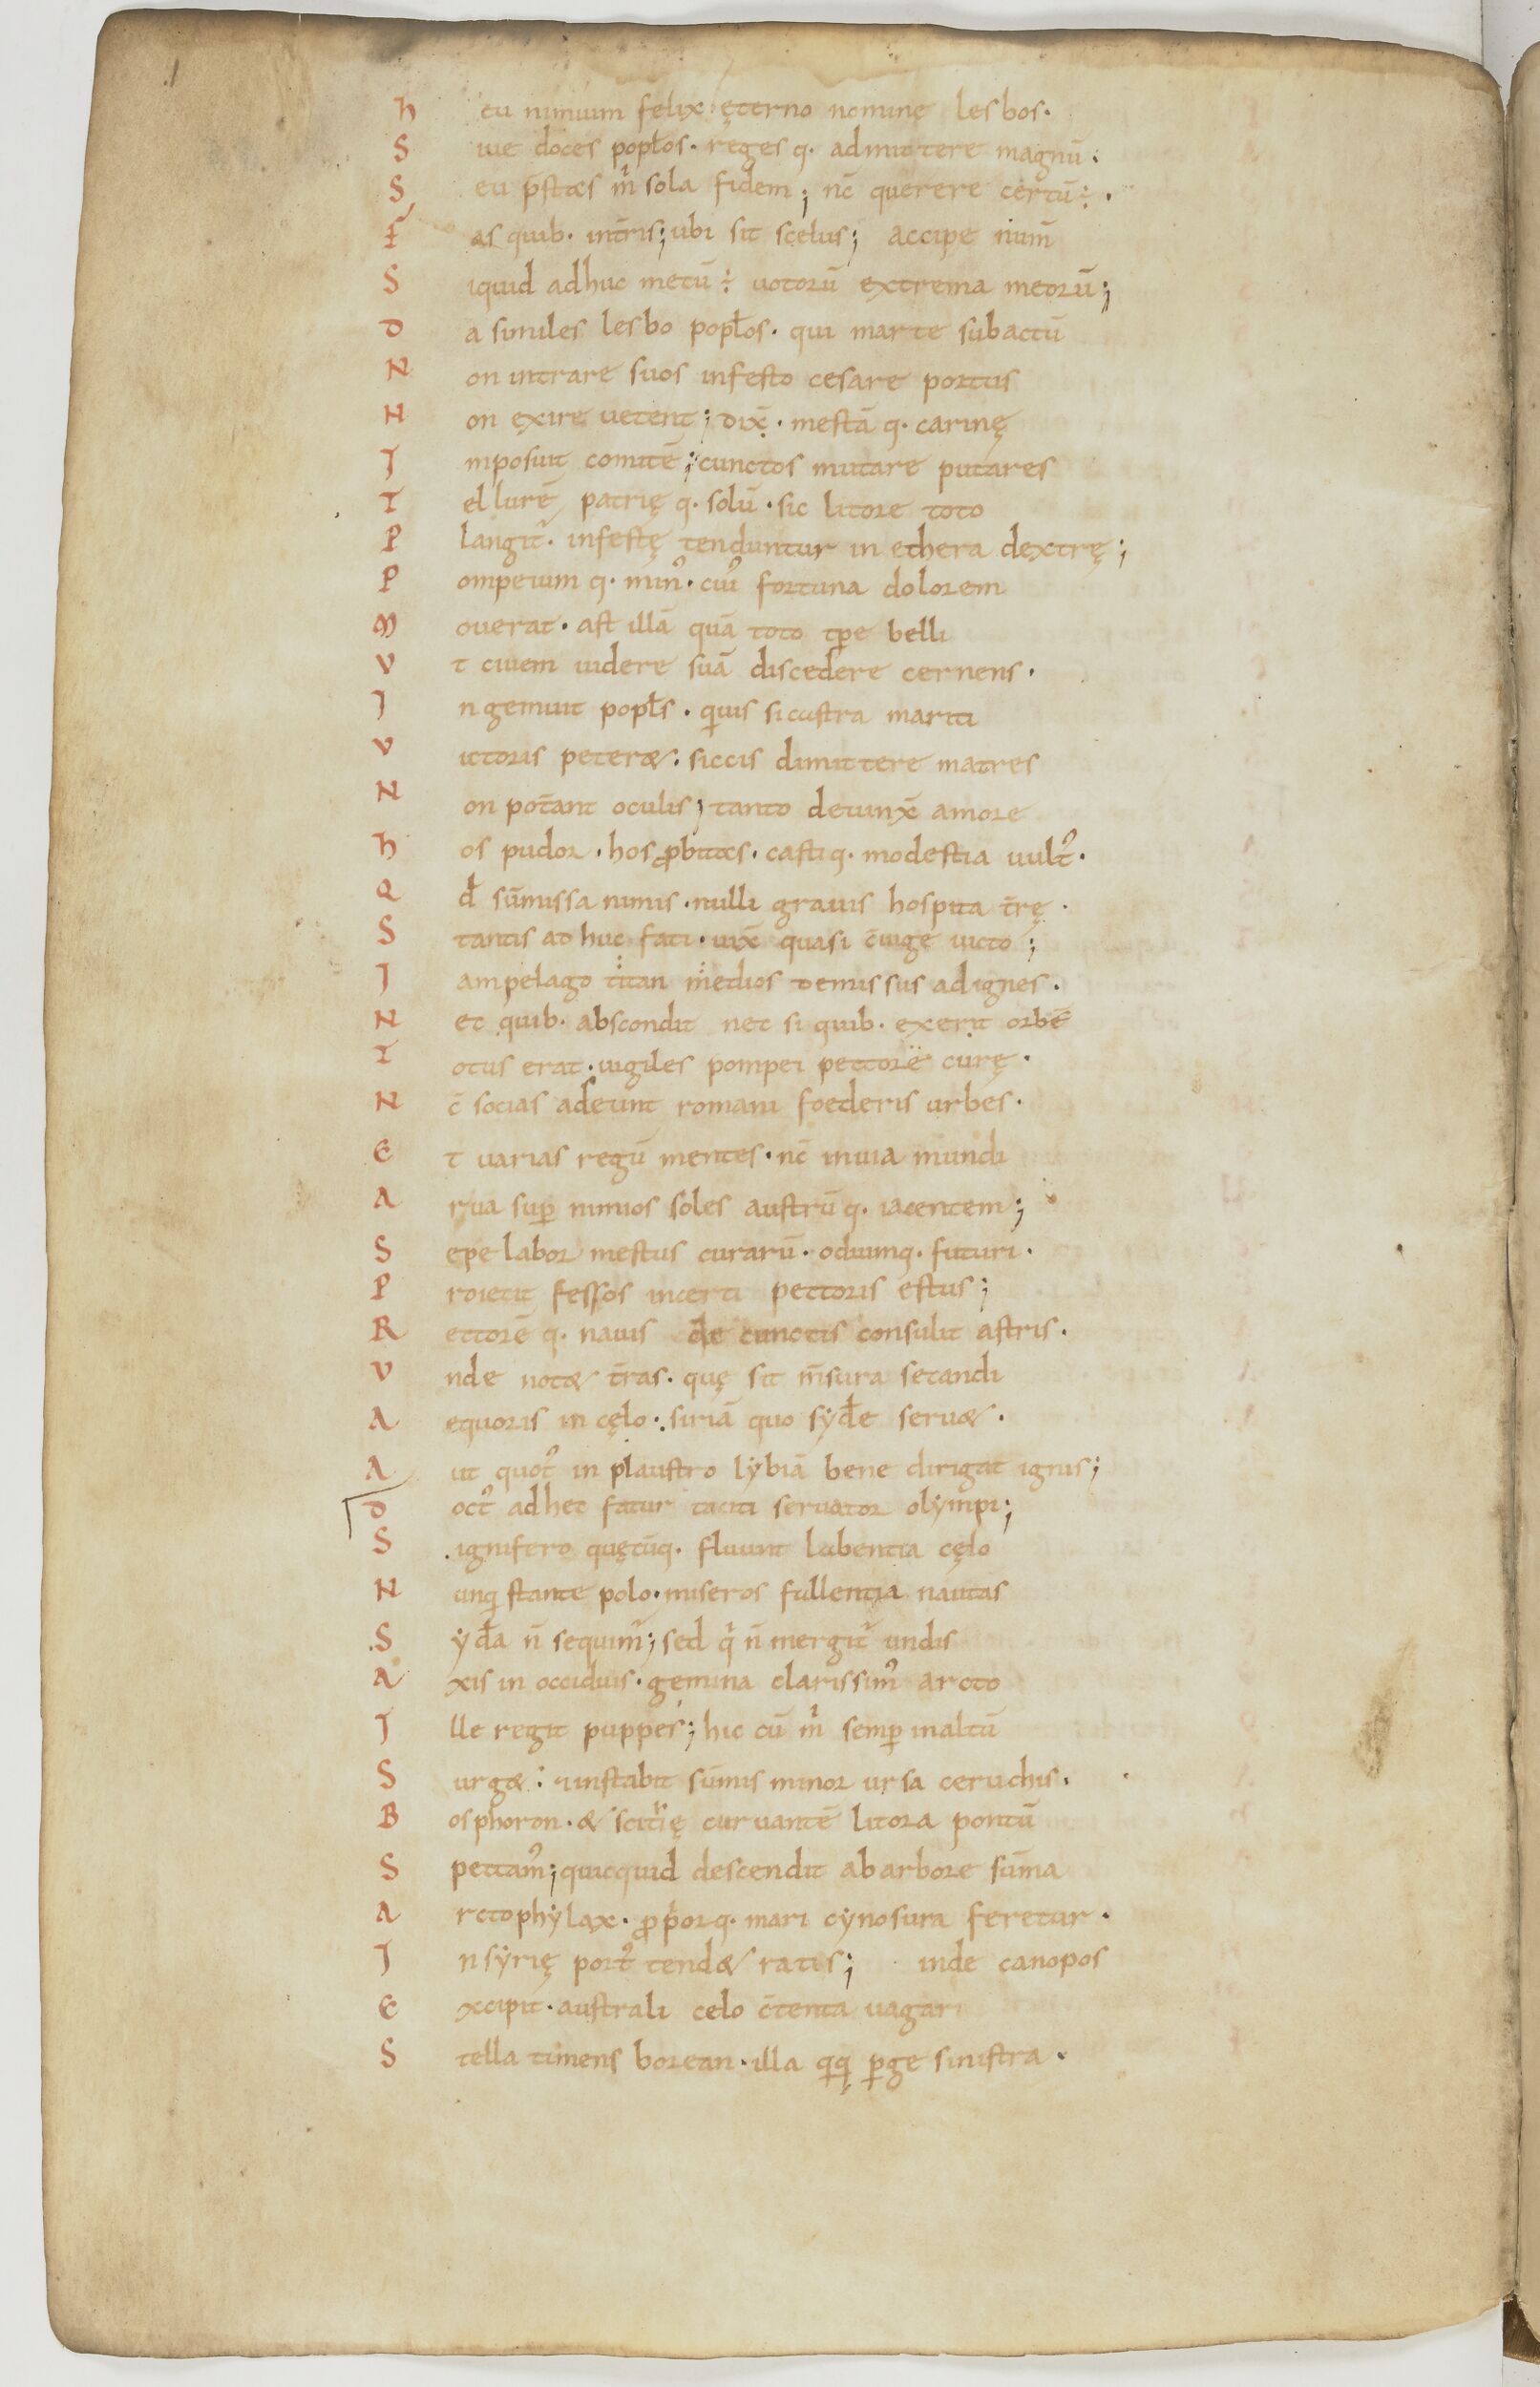
Shelfmark: Paris, BnF, lat. 17901
Century: 11